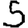
Digit: 5